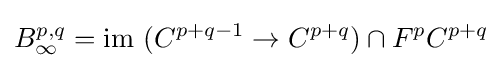
B_{\infty }^{p,q}={\text{im }}(C^{p+q-1}\rightarrow C^{p+q})\cap F^{p}C^{p+q}